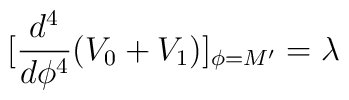
[\frac{d^4}{d\phi^4}(V_0+V_1)]_{\phi=M'}=\lambda